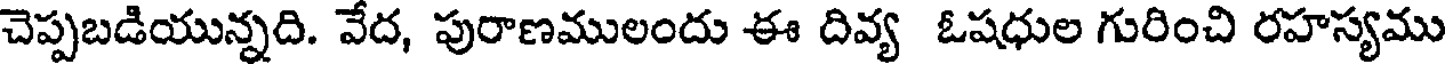
చెప్పబడియున్నది. వేద, పురాణములందు ఈ దివ్య ఓషధుల గురించి రహస్యము